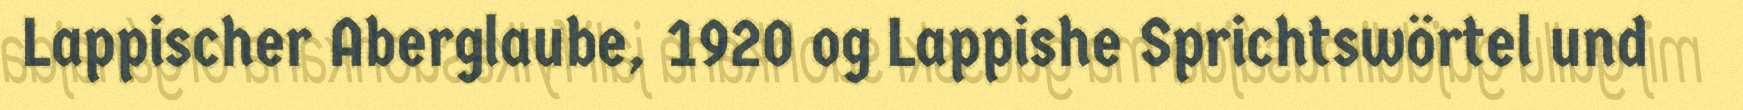
Lappischer Aberglaube, 1920 og Lappishe Sprichtswörtel und